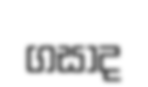
ගසාද